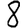
Digit: 8